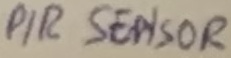
Text: PIR SENSOR